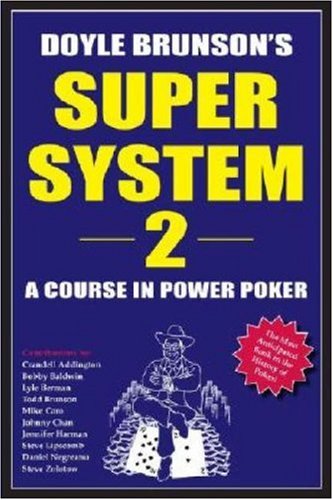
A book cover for Doyle Brunson's Super System 2: A Course in Power Poker; Doyle Brunson; Humor & Entertainment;